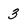
Character: 3